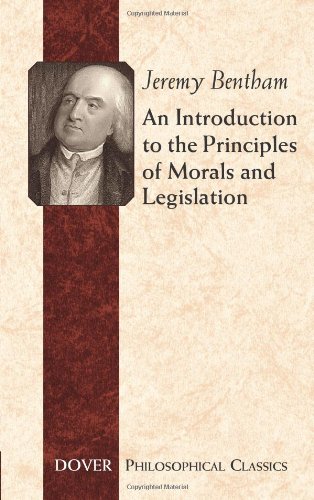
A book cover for An Introduction to the Principles of Morals and Legislation (Dover Philosophical Classics); Jeremy Bentham; Law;